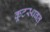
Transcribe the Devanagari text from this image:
कूटस्थवत्‌